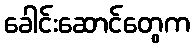
ခေါင်းဆောင်တွေက